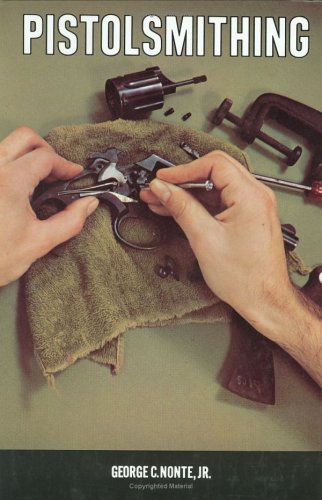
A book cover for Pistolsmithing; George C., Jr. Nonte; Crafts, Hobbies & Home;